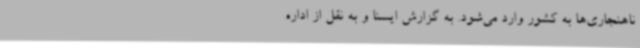
ناهنجاری‌ها به کشور وارد می‌شود. به گزارش ایسنا و به نقل از اداره